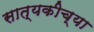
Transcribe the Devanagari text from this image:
सात्यकीच्या